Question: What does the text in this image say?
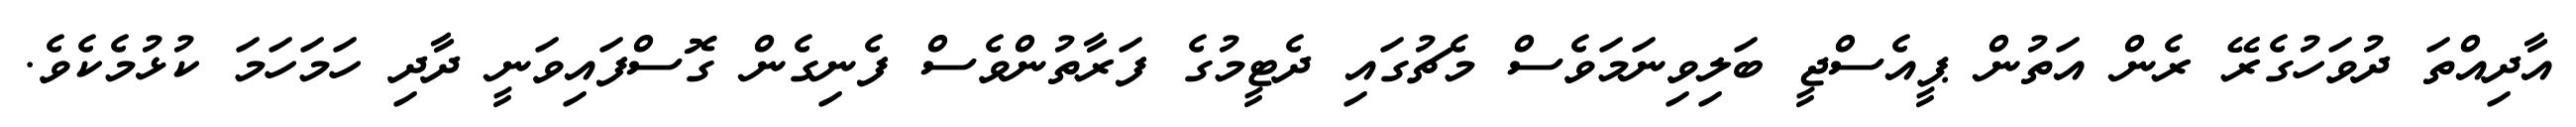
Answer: އާދިއްތަ ދުވަހުގެރޭ ރެން އަތުން ޕީއެސްޖީ ބަލިވިނަމަވެސް މެޗުގައި ދެޓީމުގެ ފަރާތުންވެސް ފެނިގެން ގޮސްފައިވަނީ ދާދި ހަމަހަމަ ކުޅުމެކެވެ.